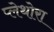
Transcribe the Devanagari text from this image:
प्लेथोरा